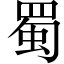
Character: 蜀